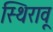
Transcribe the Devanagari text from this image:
स्थिरावू